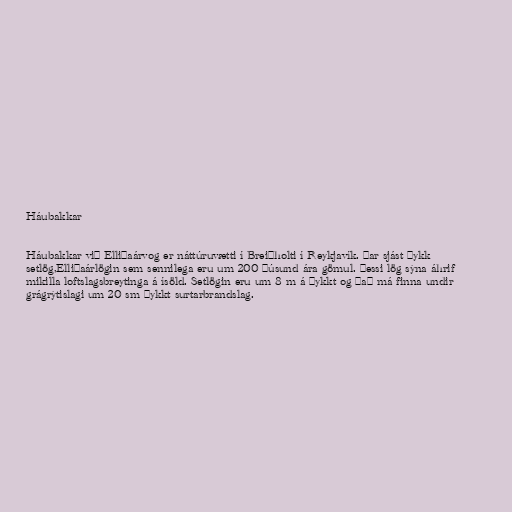
Háubakkar

Háubakkar við Elliðaárvog er náttúruvætti í Breiðholti í Reykjavík. Þar sjást þykk
setlög,Elliðaárlögin sem sennilega eru um 200 þúsund ára gömul. Þessi lög sýna áhrif
mikilla loftslagsbreytinga á ísöld. Setlögin eru um 8 m á þykkt og það má finna undir
grágrýtislagi um 20 sm þykkt surtarbrandslag.